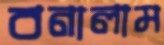
বনালাম